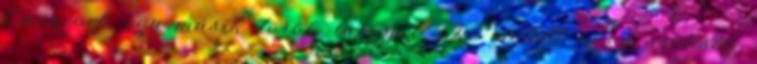
Eminével, egy másik török lánnyal, aki mellett nagy szükség